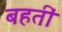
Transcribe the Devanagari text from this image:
बहतीं